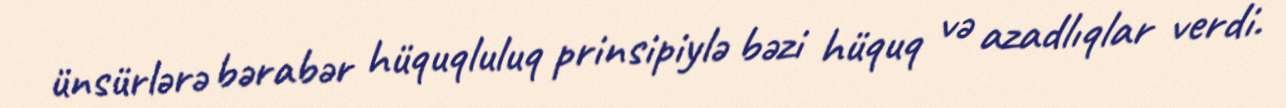
ünsürlərə bərabər hüquqluluq prinsipiylə bəzi hüquq və azadlıqlar verdi.